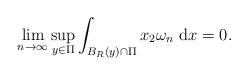
LaTeX: \begin{align*}\lim _{n \rightarrow \infty} \sup _{y \in \Pi} \int_{B_{R}(y) \cap \Pi} x_{2} \omega_{n} \mathrm{~d} x=0.\end{align*}